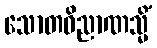
သောတဝိညာဏသ္မိံ